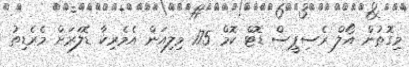
މިގޮތުން އޯލް ރެސިޕީސް ޑޮޓް ކޮމް 175 މިލިއަން އެމެރިކާ ޑޮލަރަށް މެރެޑިތު